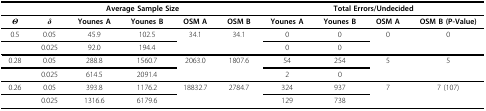
<table><thead><tr><td></td><td></td><td colspan="3"><b>Average Sample Size</b></td><td></td><td colspan="4"><b>Total Errors/Undecided</b></td></tr></thead><tbody><tr><td><b><i>Θ</i></b></td><td><b><i>δ</i></b></td><td><b>Younes A</b></td><td><b>Younes B</b></td><td><b>OSM A</b></td><td><b>OSM B</b></td><td><b>Younes A</b></td><td><b>Younes B</b></td><td><b>OSM A</b></td><td><b>OSM B (P-Value)</b></td></tr><tr><td>0.5</td><td>0.05</td><td>45.9</td><td>102.5</td><td>34.1</td><td>34.1</td><td>0</td><td>0</td><td>0</td><td>0</td></tr><tr><td></td><td>0.025</td><td>92.0</td><td>194.4</td><td></td><td></td><td>0</td><td>0</td><td></td><td></td></tr><tr><td>0.28</td><td>0.05</td><td>288.8</td><td>1560.7</td><td>2063.0</td><td>1807.6</td><td>54</td><td>254</td><td>5</td><td>5</td></tr><tr><td></td><td>0.025</td><td>614.5</td><td>2091.4</td><td></td><td></td><td>2</td><td>0</td><td></td><td></td></tr><tr><td>0.26</td><td>0.05</td><td>393.8</td><td>1176.2</td><td>18832.7</td><td>2784.7</td><td>324</td><td>937</td><td>7</td><td>7 (107)</td></tr><tr><td></td><td>0.025</td><td>1316.6</td><td>6179.6</td><td></td><td></td><td>129</td><td>738</td><td></td><td></td></tr></tbody></table>